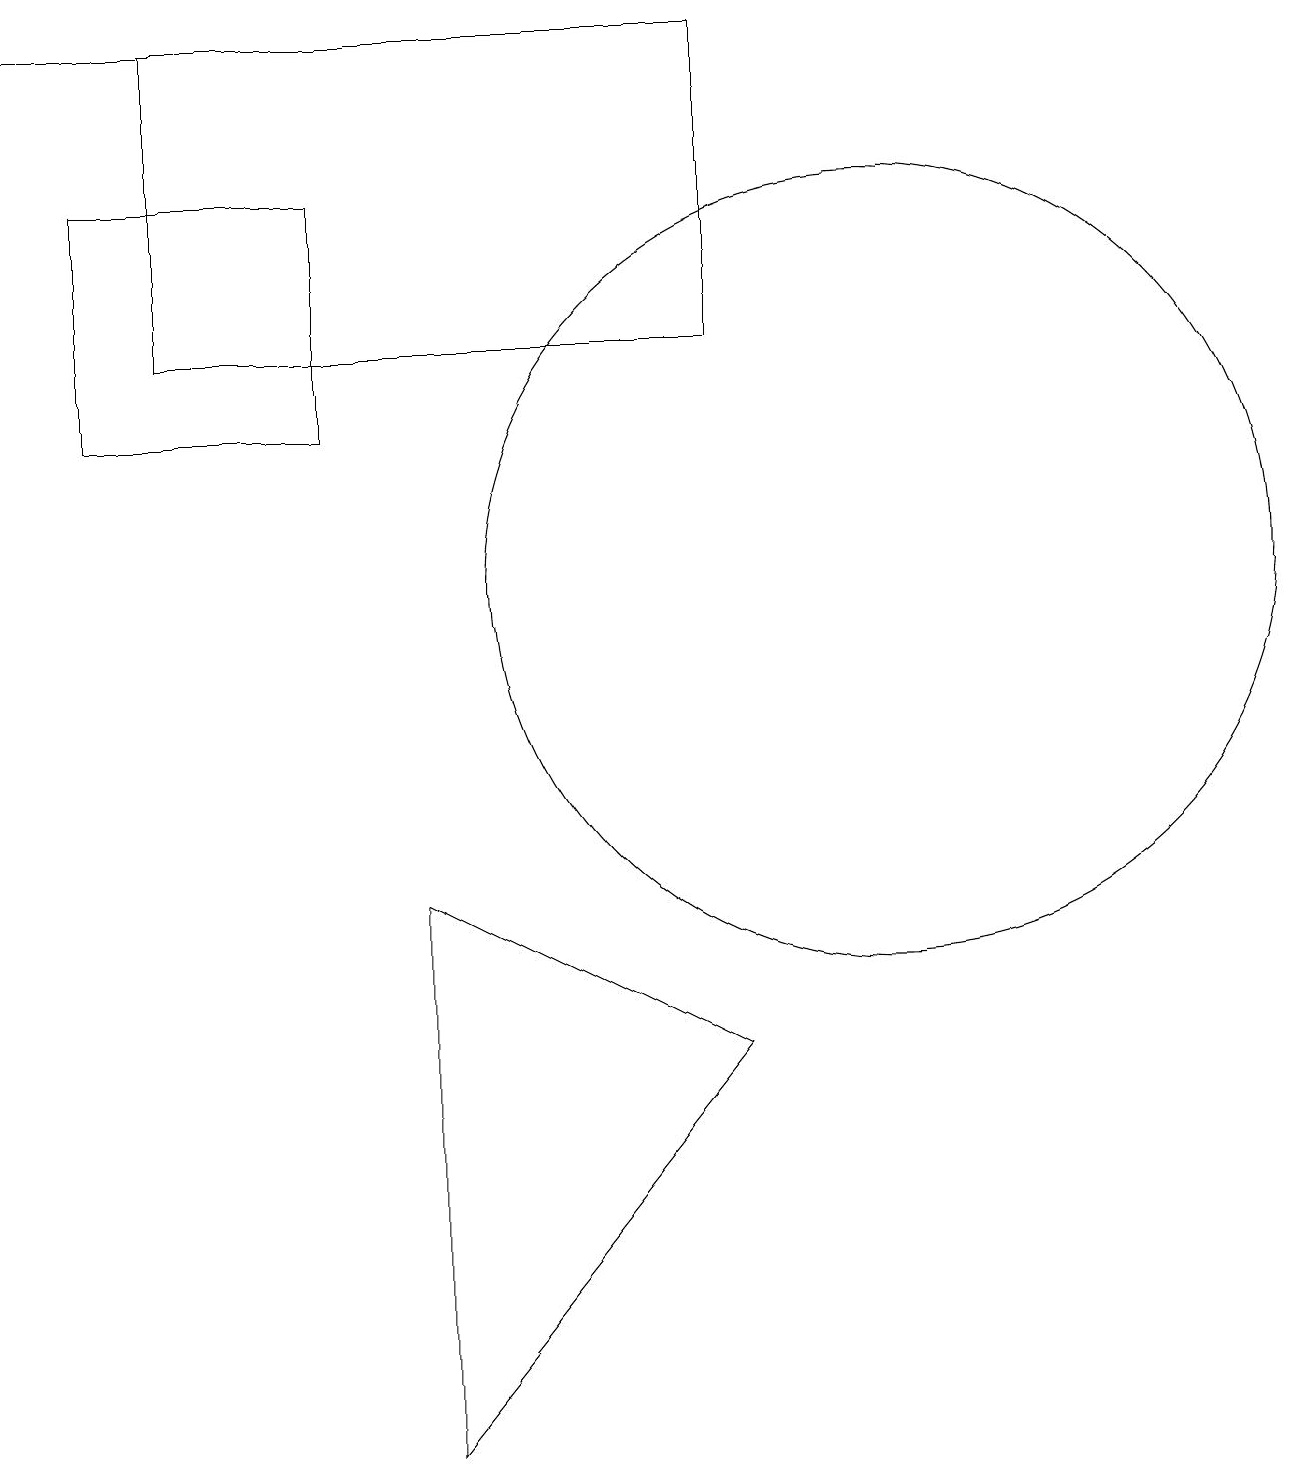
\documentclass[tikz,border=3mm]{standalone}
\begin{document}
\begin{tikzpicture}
\draw (11,11) circle (5);
\draw (2,14) rectangle (9,18);
\draw (9,5) -- (5,7) -- (5,0) -- cycle;
\draw[->] (6,18) -- (0,18);
\draw (1,16) rectangle (4,13);
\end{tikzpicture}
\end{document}